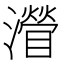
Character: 𤁽